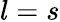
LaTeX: l=s